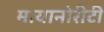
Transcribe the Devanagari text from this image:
मायानोरीटी